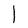
Character: l